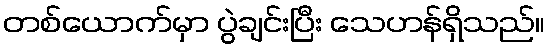
တစ်ယောက်မှာ ပွဲချင်းပြီး သေဟန်ရှိသည်။